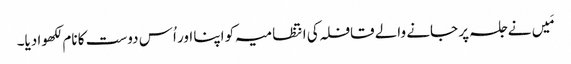
مَیں نے جلسہ پر جانے والے قافلہ کی انتظامیہ کو اپنا اور اُس دوست کا نام لکھوا دیا۔